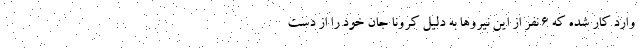
وارد کار شده که ۶ نفر از این نیروها به دلیل کرونا جان خود را از دست